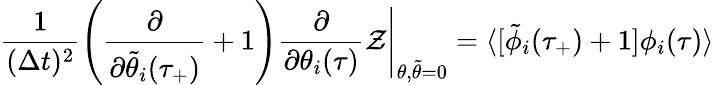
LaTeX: \frac{1}{(\Delta t)^{2}}\left(\frac{\partial}{\partial\tilde{\theta}_{i}(\tau_{+})}+1\right)\frac{\partial}{\partial\theta_{i}(\tau)}\mathcal{Z}\Bigg|_{\theta,\tilde{\theta}=0}=\langle[\tilde{\phi}_{i}(\tau_{+})+1]\phi_{i}(\tau)\rangle